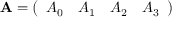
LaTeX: \mathbf { A } = { \left( \begin{array} { l l l l } { A _ { 0 } } & { A _ { 1 } } & { A _ { 2 } } & { A _ { 3 } } \end{array} \right) }